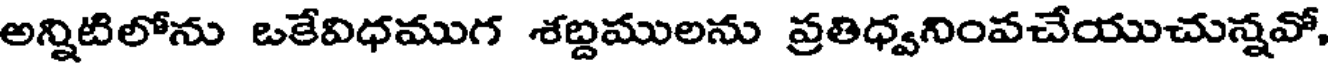
అన్నిటిలోను ఒకేవిధముగ శబ్దములను ప్రతిధ్వనింవచేయుచున్నవో,